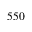
5 5 0